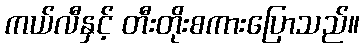
ကယ်လီနှင့် တီးတိုးစကားပြောသည်။